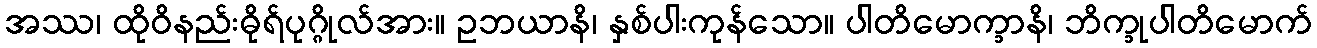
အဿ၊ ထိုဝိနည်းဓိုရ်ပုဂ္ဂိုလ်အား။ ဥဘယာနိ၊ နှစ်ပါးကုန်သော။ ပါတိမောက္ခာနိ၊ ဘိက္ခုပါတိမောက်